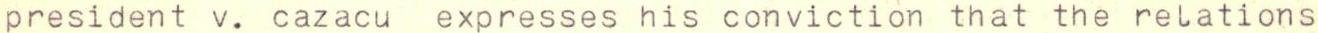
president v. cazacu expresses his conviction that the relations